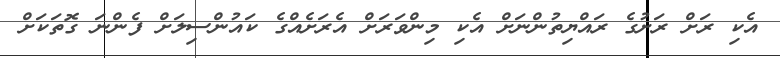
އެކި ރަށް ރަށުގެ ރައްޔިތުންނަށް އެކި މިންވަރަށް އެރަށެއްގެ ކައުންސިލަށް ފެންނަ ގޮތަކަށް